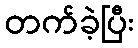
တက်ခဲ့ပြီး